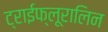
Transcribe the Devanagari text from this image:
ट्राईफ्लूरालिन